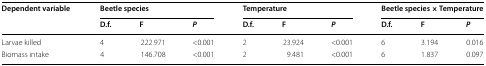
<table><thead><tr><td rowspan="2"><b>Dependent variable </b></td><td colspan="3"><b>Beetle species</b></td><td colspan="3"><b>Temperature</b></td><td colspan="3"><b>Beetle species × Temperature</b></td></tr><tr><td><b>D.f.</b></td><td><b>F</b></td><td><b><i>P</i></b></td><td><b>D.f.</b></td><td><b>F</b></td><td><b><i>P</i></b></td><td><b>D.f.</b></td><td><b>F</b></td><td><b><i>P</i></b></td></tr></thead><tbody><tr><td>Larvae killed</td><td>4</td><td>222.971</td><td>&lt;0.001</td><td>2</td><td>23.924</td><td>&lt;0.001</td><td>6</td><td>3.194</td><td>0.016</td></tr><tr><td>Biomass intake</td><td>4</td><td>146.708</td><td>&lt;0.001</td><td>2</td><td>9.481</td><td>&lt;0.001</td><td>6</td><td>1.837</td><td>0.097</td></tr></tbody></table>